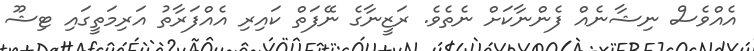
އެއްވެސް ނިޝާނެއް ފެންނާކަށް ނެތެވެ. ރަޒީނާގެ ނޭފަތް ކައިރި އެއްފަރާތު އަރިމަތީގައި ޓިޝޫ